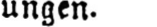
ungen.